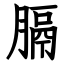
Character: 膈